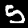
Digit: 5